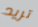
تريد